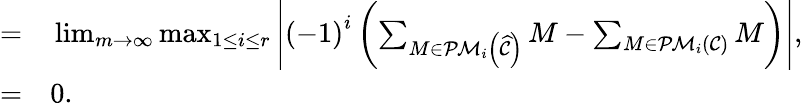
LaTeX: \begin{array}{rl}{=}&{{}\operatorname*{lim}_{m\rightarrow\infty}\operatorname*{max}_{1\leq i\leq r}\Bigg\vert\left(-1\right)^{i}\left(\sum_{M\in\mathcal{PM}_{i}\left(\widehat{\mathcal{C}}\right)}M-\sum_{M\in\mathcal{PM}_{i}\left(\mathcal{C}\right)}M\right)\Bigg\vert,}\\ {=}&{{}0.}\end{array}